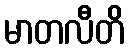
မာတလီတိ